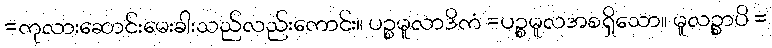
=ကုလားဆောင်းမေးခါးသည်လည်းကောင်း။ ပဉ္စမူလာဒိကံ =ပဉ္စမူလအစရှိသော။ မူလဉ္စာပိ =